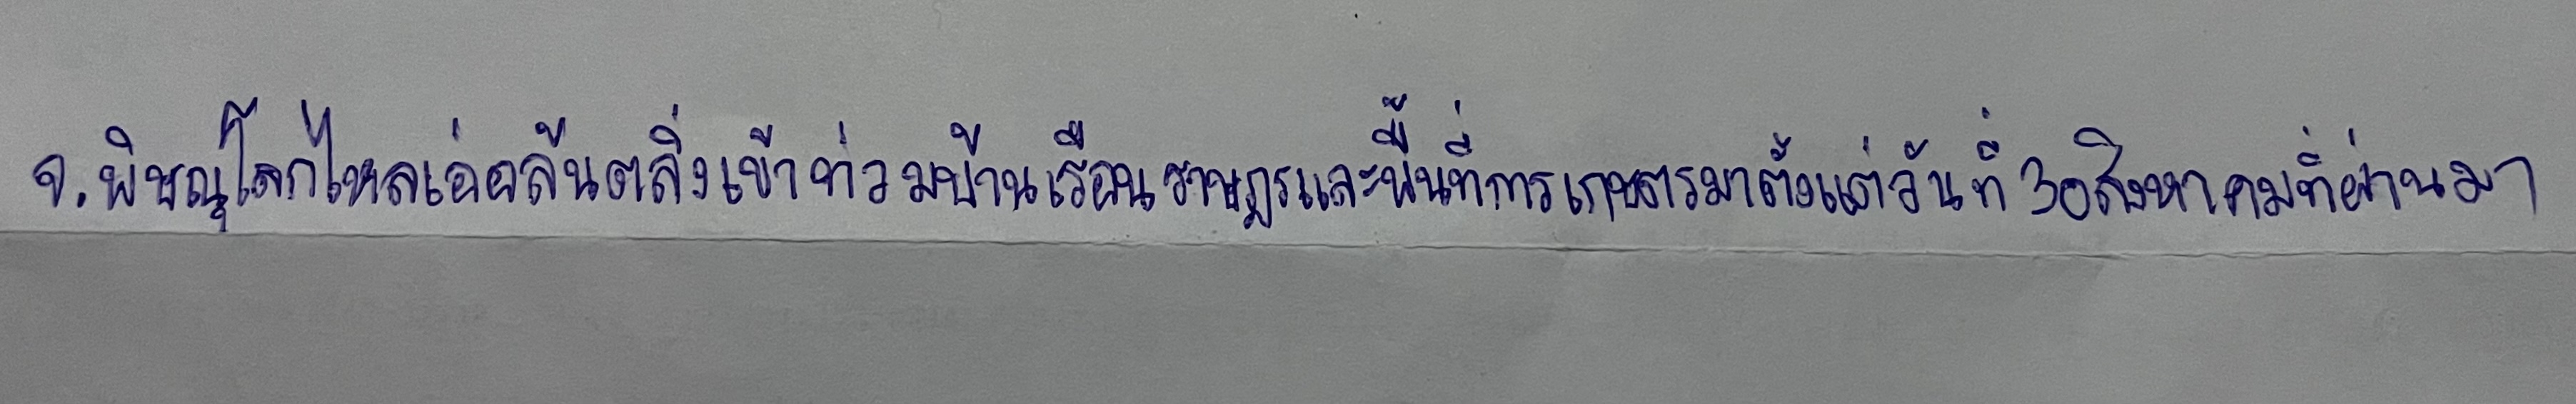
จ.พิษณุโลกไหลเอ่อล้นตลิ่งเข้าท่วมบ้านเรือนราษฎรและพื้นที่การเกษตรมาตั้งแต่วันที่30สิงหาคมที่ผ่านมา